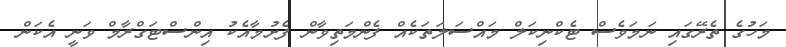
މަހުގެ ތެރޭގައި ނަމަވެސް ޓެކްނިކަލް މައްސަލަތަކެއް ފެންމަތިވާން ފެށުމާއެކު އިންސްޓަގްރާމް ވަނީ އެކަން